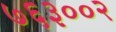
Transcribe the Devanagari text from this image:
७६३००२